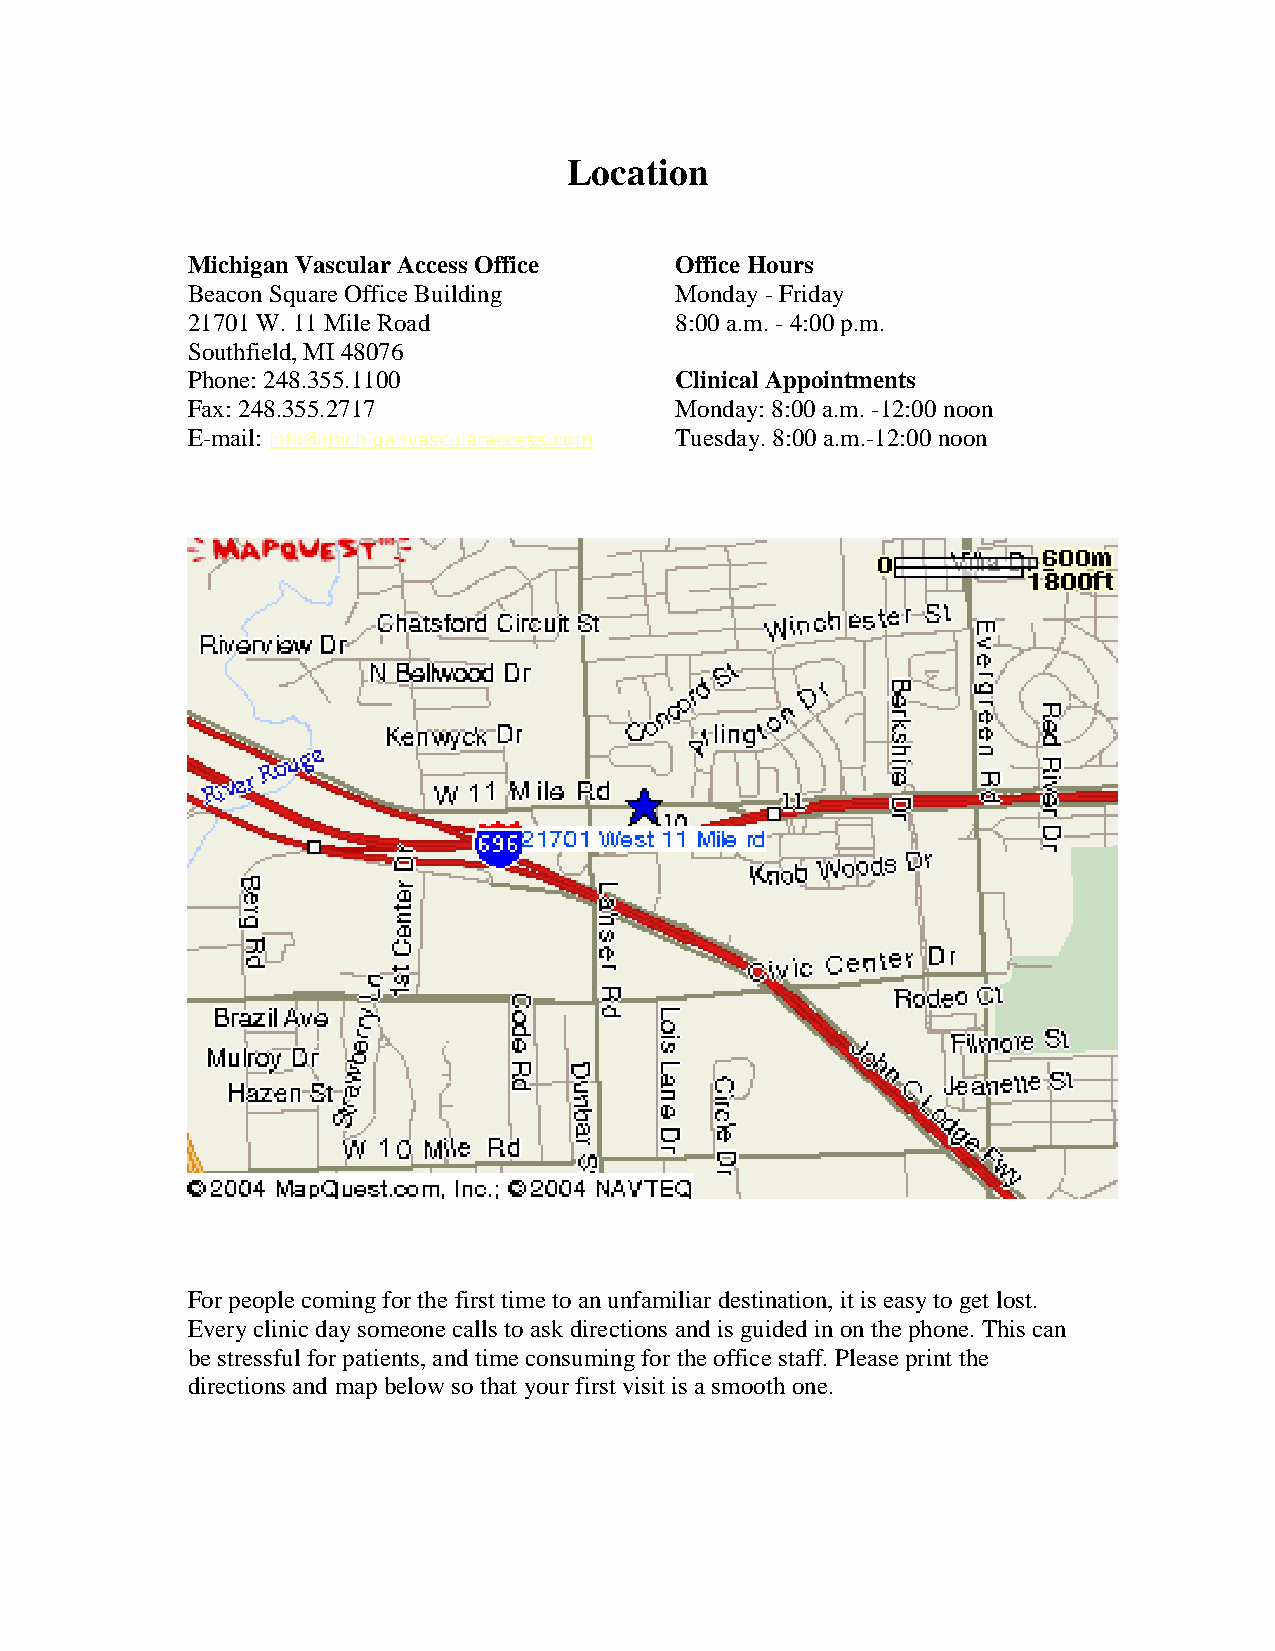
Location
 Michigan Vascular Access Office  Office Hours
 Beacon Square Office Building    Monday - Friday
 21701 W. 11 Mile Road            8:00 a.m. - 4:00 p.m.
 Southfield, MI 48076
 Phone: 248.355.1100              Clinical Appointments
 Fax: 248.355.2717                Monday: 8:00 a.m. -12:00 noon
 E-mail: info@michiganvascularaccess.com Tuesday. 8:00 a.m.-12:00 noon
 For people coming for the first time to an unfamiliar destination, it is easy to get lost.
 Every clinic day someone calls to ask directions and is guided in on the phone. This can
 be stressful for patients, and time consuming for the office staff. Please print the
 directions and map below so that your first visit is a smooth one.